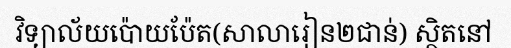
វិទ្យាល័យប៉ោយប៉ែត(សាលារៀន២ជាន់) ស្ថិតនៅ